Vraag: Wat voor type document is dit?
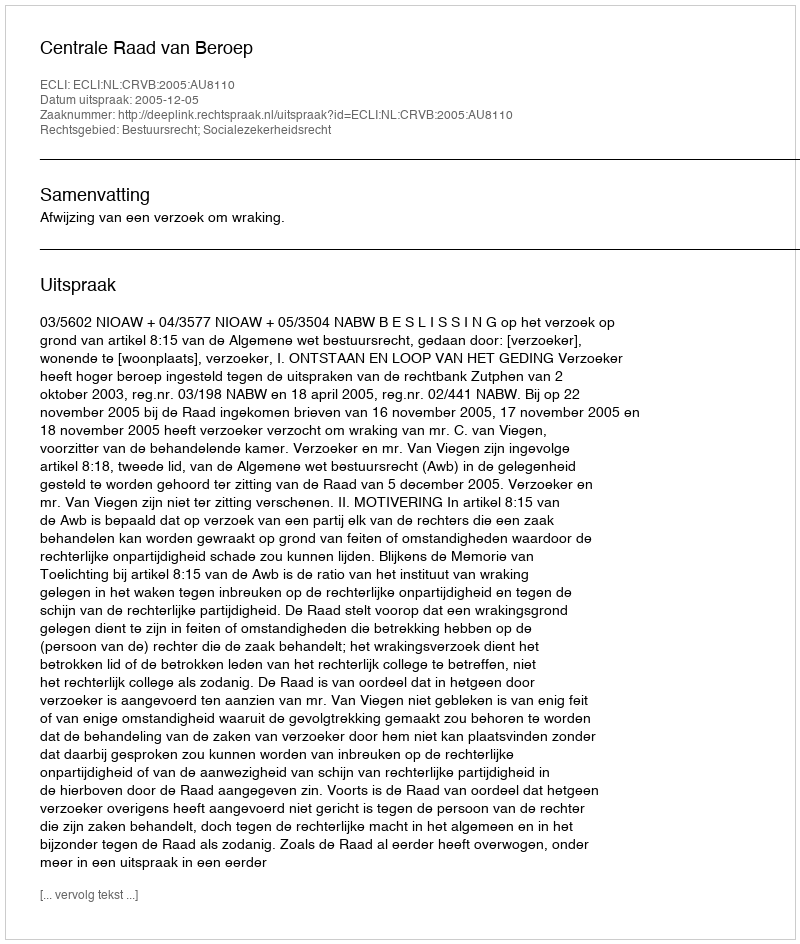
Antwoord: Uitspraak